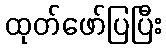
ထုတ်ဖော်ပြပြီး